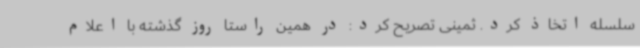
سلسله اتخاذ کرد. ثمینی تصریح کرد: در همین راستا روز گذشته با اعلام